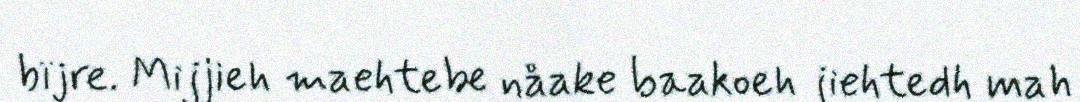
bïjre. Mijjieh maehtebe nåake baakoeh jiehtedh mah